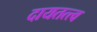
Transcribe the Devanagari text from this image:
दायतत्त्व